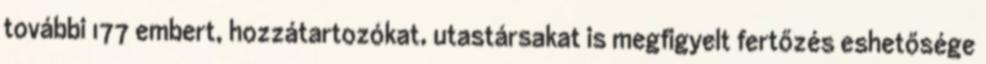
további 177 embert, hozzátartozókat, utastársakat is megfigyelt fertőzés eshetősége